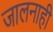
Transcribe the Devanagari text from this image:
जालनाही